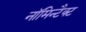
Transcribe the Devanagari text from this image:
नॉमिन्टैक्ट